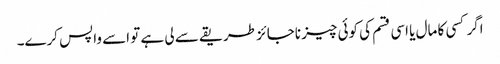
اگر کسی کا مال یا اسی قسم کی کوئی چیز ناجائز طریقے سے لی ہے تو اسے واپس کرے۔